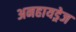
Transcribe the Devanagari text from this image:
अनहायड्रेज